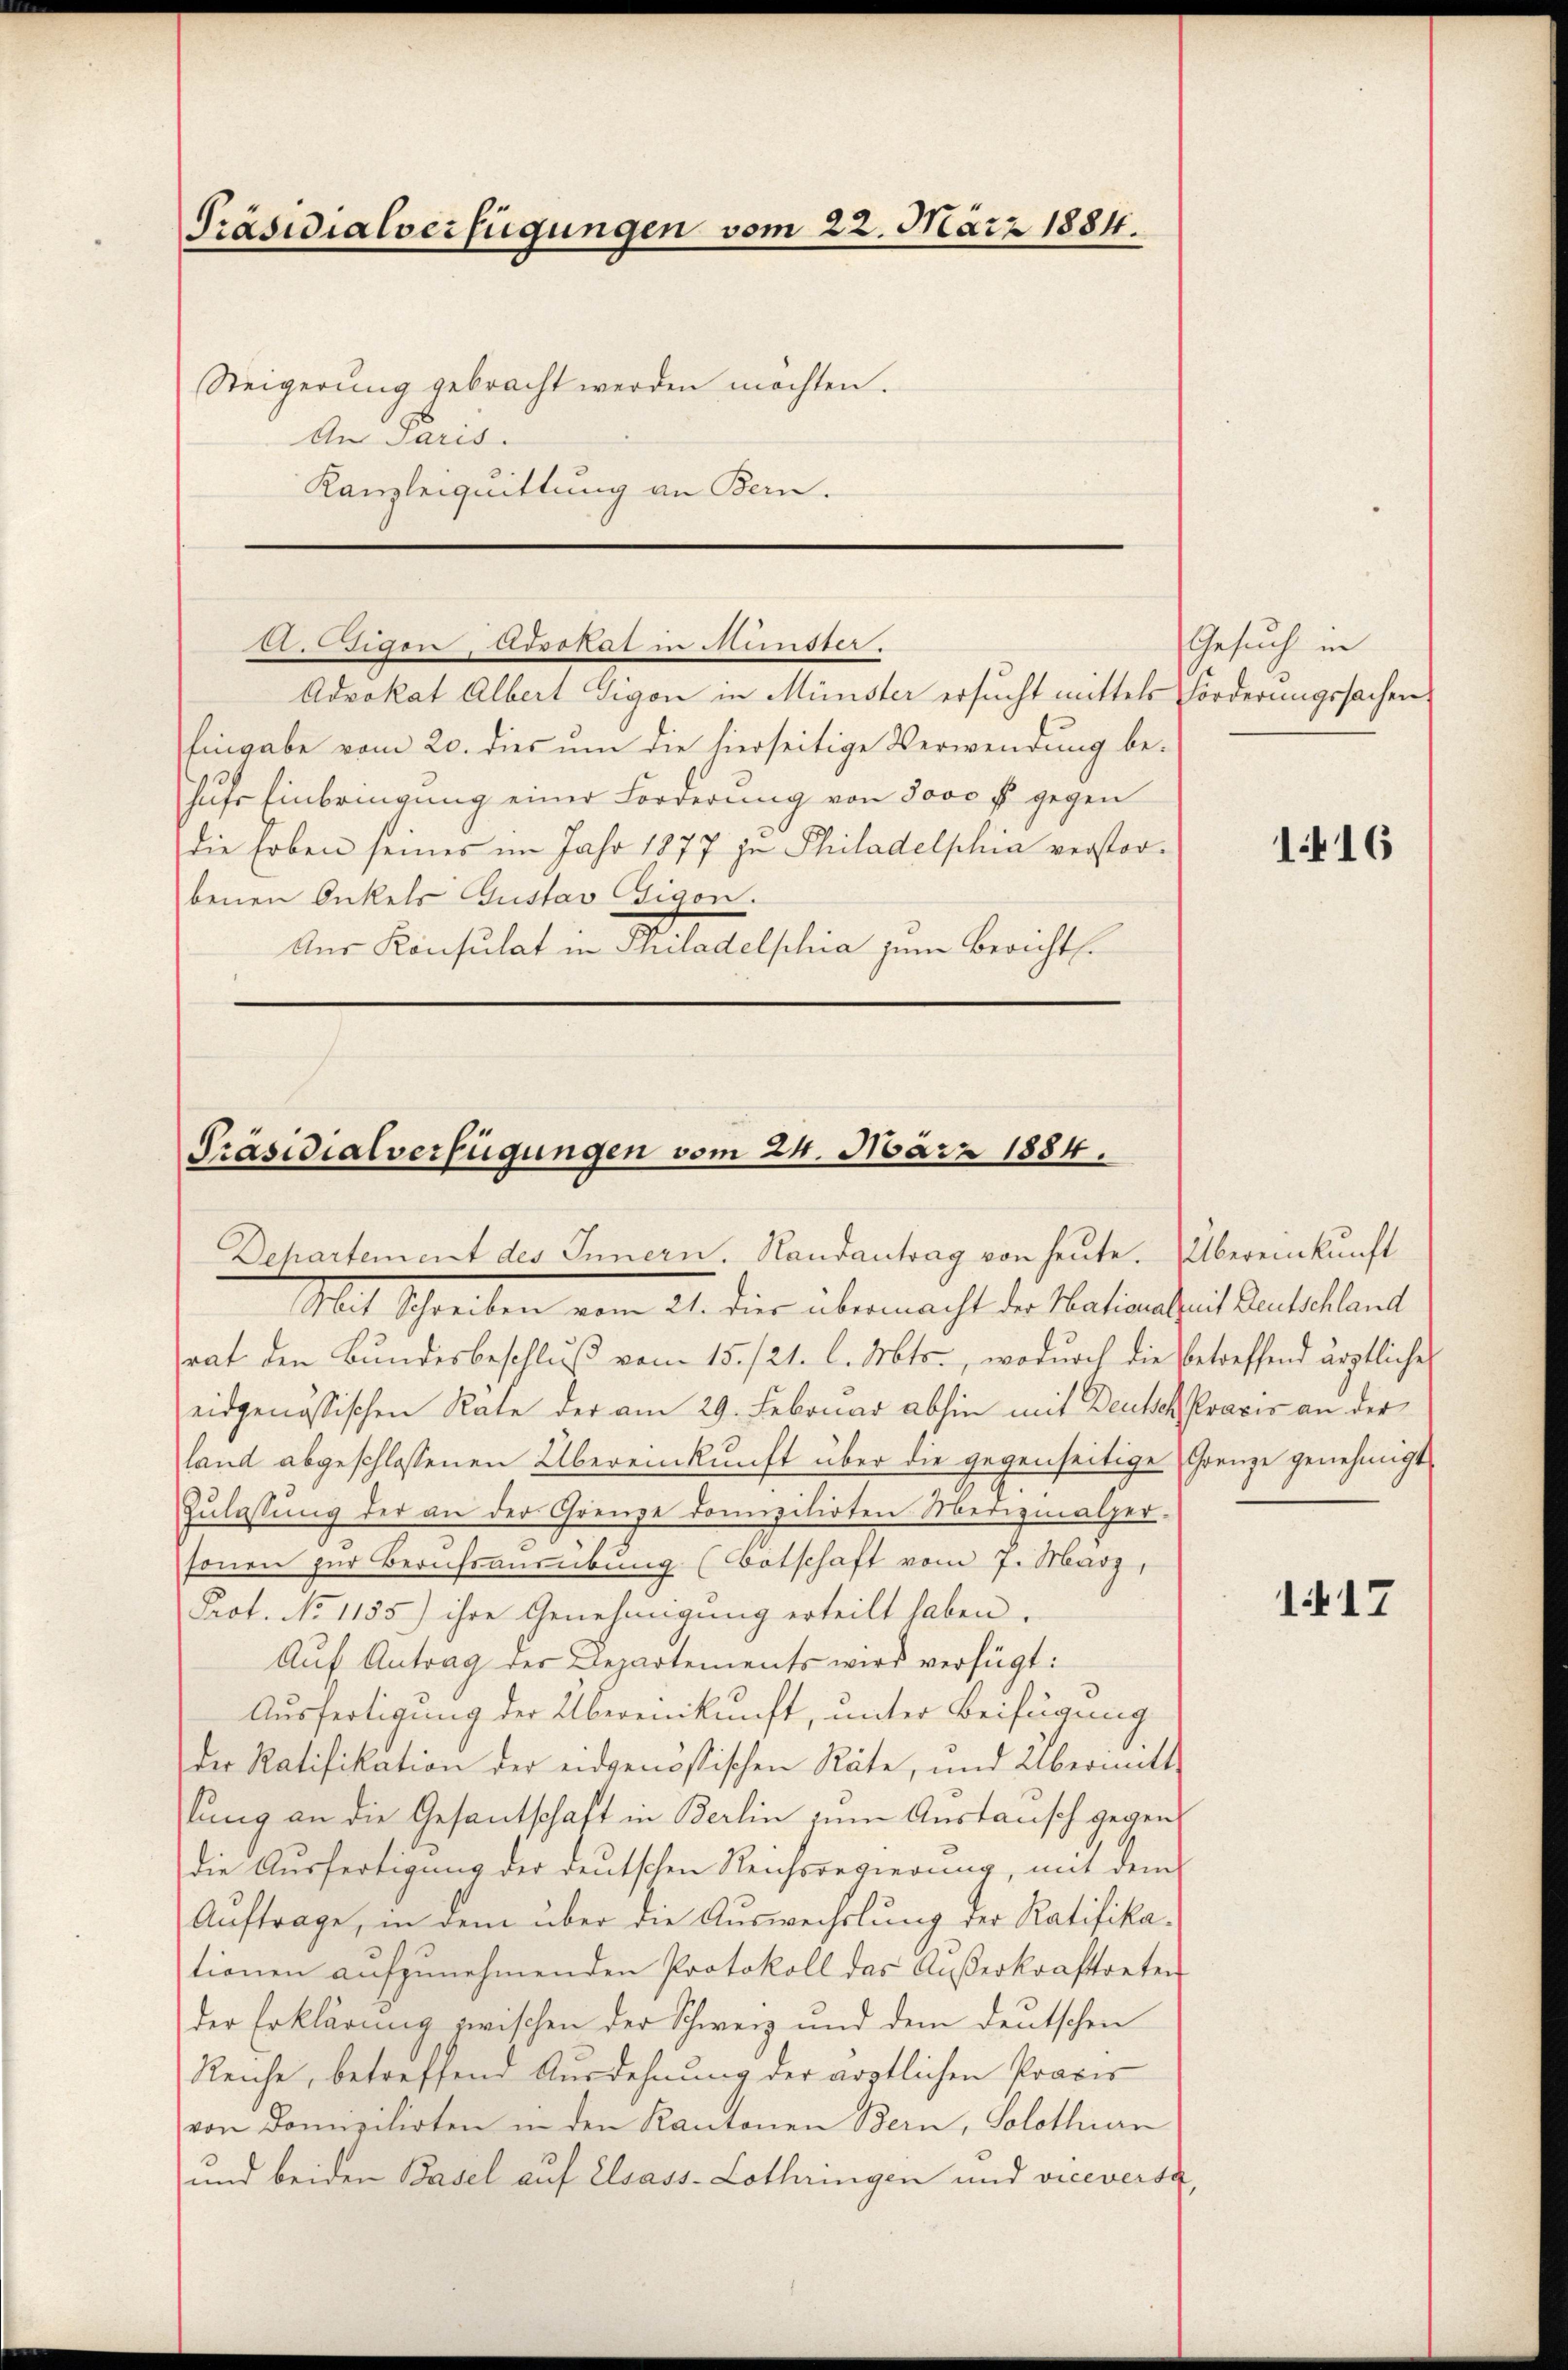
Präsidialverfügungen vom 22. März 1884.
Steigerung gebracht werden möchten.
An Paris.
Kanzleiquittung an Bern.

Eingabe vom 20. dies um die hierseitige Verwendung be-
hufs Einbringung einer Forderung von Jove s gegen
die Erben seines im Jahr 1877 in Philadelphia verstor-
benen Onkels Gustav Gigon.
Aus Konsulat in Philadelphia zum Bericht.

20. Sitzen, Advokat in Mündter
Advokat Albert Gigon in Münster ersucht mittels Forderungssachen

Präsidialverfügungen vom 24. März 1884.
Departement des Innern. Randantrag von heute. Übereinkunft

Mit Schreiben vom 21. dies übermacht der Nationstheit denstellent
rat den Bundesbeschluß vom 15./21. l. Mts., wodurch die betreffend ärztliche
eidgenössischen Rate der am 29. Februar abhin mit Deutsch Praxis an der
land abgeschlossenen Übereinkunft über die gegenseitige Grenze genehmigt
Zulassung der an der Grenze domizilirten Medizinalper-
sonen zur Berufsanrübung (Botschaft vom 7. März,
Prot. No 1155) ihre Genehmigung erteilt haben.
Aŭf Antrag der Departements wird verfügt:
Ausfertigung der Übereinkunft, unter Beifügung
der Ratifikation der eidgenössischen Räte, und Übermitt
lung an die Gesantschaft in Berlin zum Austausch gegendie Ausfertigung der deutschen Reichsregierung, mit dem
Auftrage, in dem über die Auswechslung der Ratifikationen aufzunehmenden Protokoll das Außerkraftreten
der Erklärung zwischen der Schweiz und dem deutschen
Reiche, betreffend Ausdehnung der ärztlichen Praxis
von Domizilirten in den Kantonen Bern, Solothurn
und beiden Basel auf Elsass-Lothringen und viceversa

Gesuch in

1.416

117